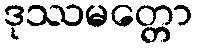
ဒုဿမတ္တော